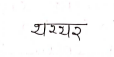
मजकूर: थरथर